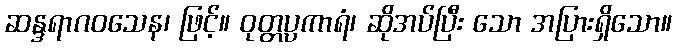
ဆန္ဒရာဂဝသေန၊ ဖြင့်။ ဝုတ္တပ္ပကာရံ၊ ဆိုအပ်ပြီး သော အပြားရှိသော။